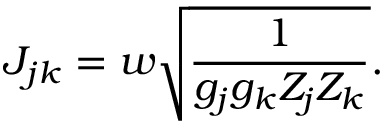
J _ { j k } = w \sqrt { \frac { 1 } { g _ { j } g _ { k } Z _ { j } Z _ { k } } } .